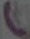
(